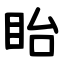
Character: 眙